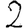
Digit: 2